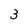
Character: 3